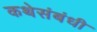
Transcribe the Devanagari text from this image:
कथेसंबंधी